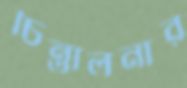
চিন্তালনার